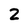
Character: Z